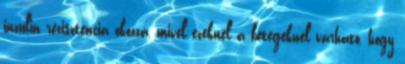
inzulin rezisztencia okozza, mivel ezeknél a betegeknél várható, hogy